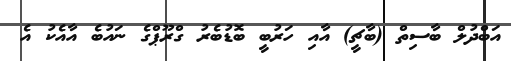
އަބްދުލް ބާސިތް (ބާޗީ) އާއި ހަރުބީ ބޮޑުބެރު ގްރޫޕްގެ ނައުބެ އާއެކު އެ